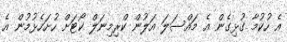
އެ ހުކުމާ ގުޅިގެން އެ މައްސަލަ އަލުން ކްރިމިނަލް ކޯޓަށް ހުށަހެޅުމުން އެ